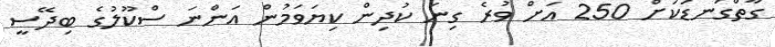
ގާތްގަނޑަކަށް 250 އަށް ވުރެ ގިނަ ކުދިން ކިޔަވަމުން އަންނަ ސްކޫލުގެ ބިދޭސީ